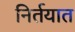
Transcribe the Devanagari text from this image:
निर्तयात